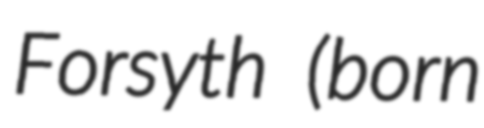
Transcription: Forsyth (born